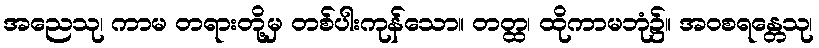
အညေသု၊ ကာမ တရားတို့မှ တစ်ပါးကုန်သော။ တတ္ထ၊ ထိုကာမဘုံ၌။ အဝစရန္တေသု၊